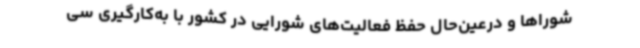
شوراها و درعین‌حال حفظ فعالیت‌های شورایی در کشور با به‌کارگیری سی